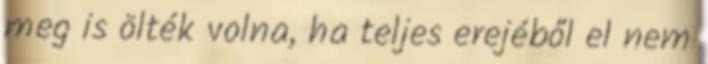
meg is ölték volna, ha teljes erejéből el nem